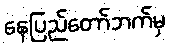
နေပြည်တော်ဘက်မှ